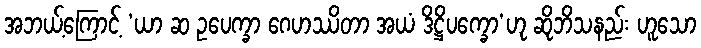
အဘယ့်ကြောင့် ‘ယာ ဆ ဥပေက္ခာ ဂေဟဿိတာ အယံ ဒိဋ္ဌိပက္ခော’ဟု ဆိုဘိသနည်း ဟူသော